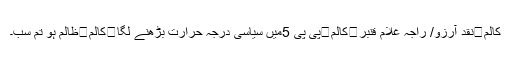
کالم	نقد آرزو/ راجہ غلام قنبر	کالم	پی پی 5میں سیاسی درجہ حرارت بڑھنے لگا	کالم	ظالم ہو تم سب۔